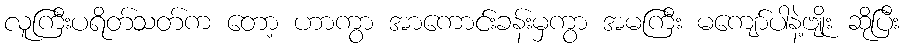
လူကြီးပရိတ်သတ်က တော့ ဟာကွာ အာကောင်းခန်းမှကွာ အမကြီး မကျော်ပါနဲ့ဗျိုး ဆိုပြီး